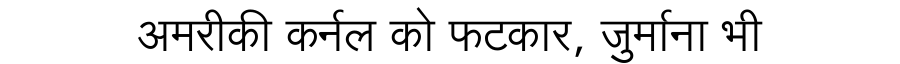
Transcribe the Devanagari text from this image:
अमरीकी कर्नल को फटकार, जुर्माना भी